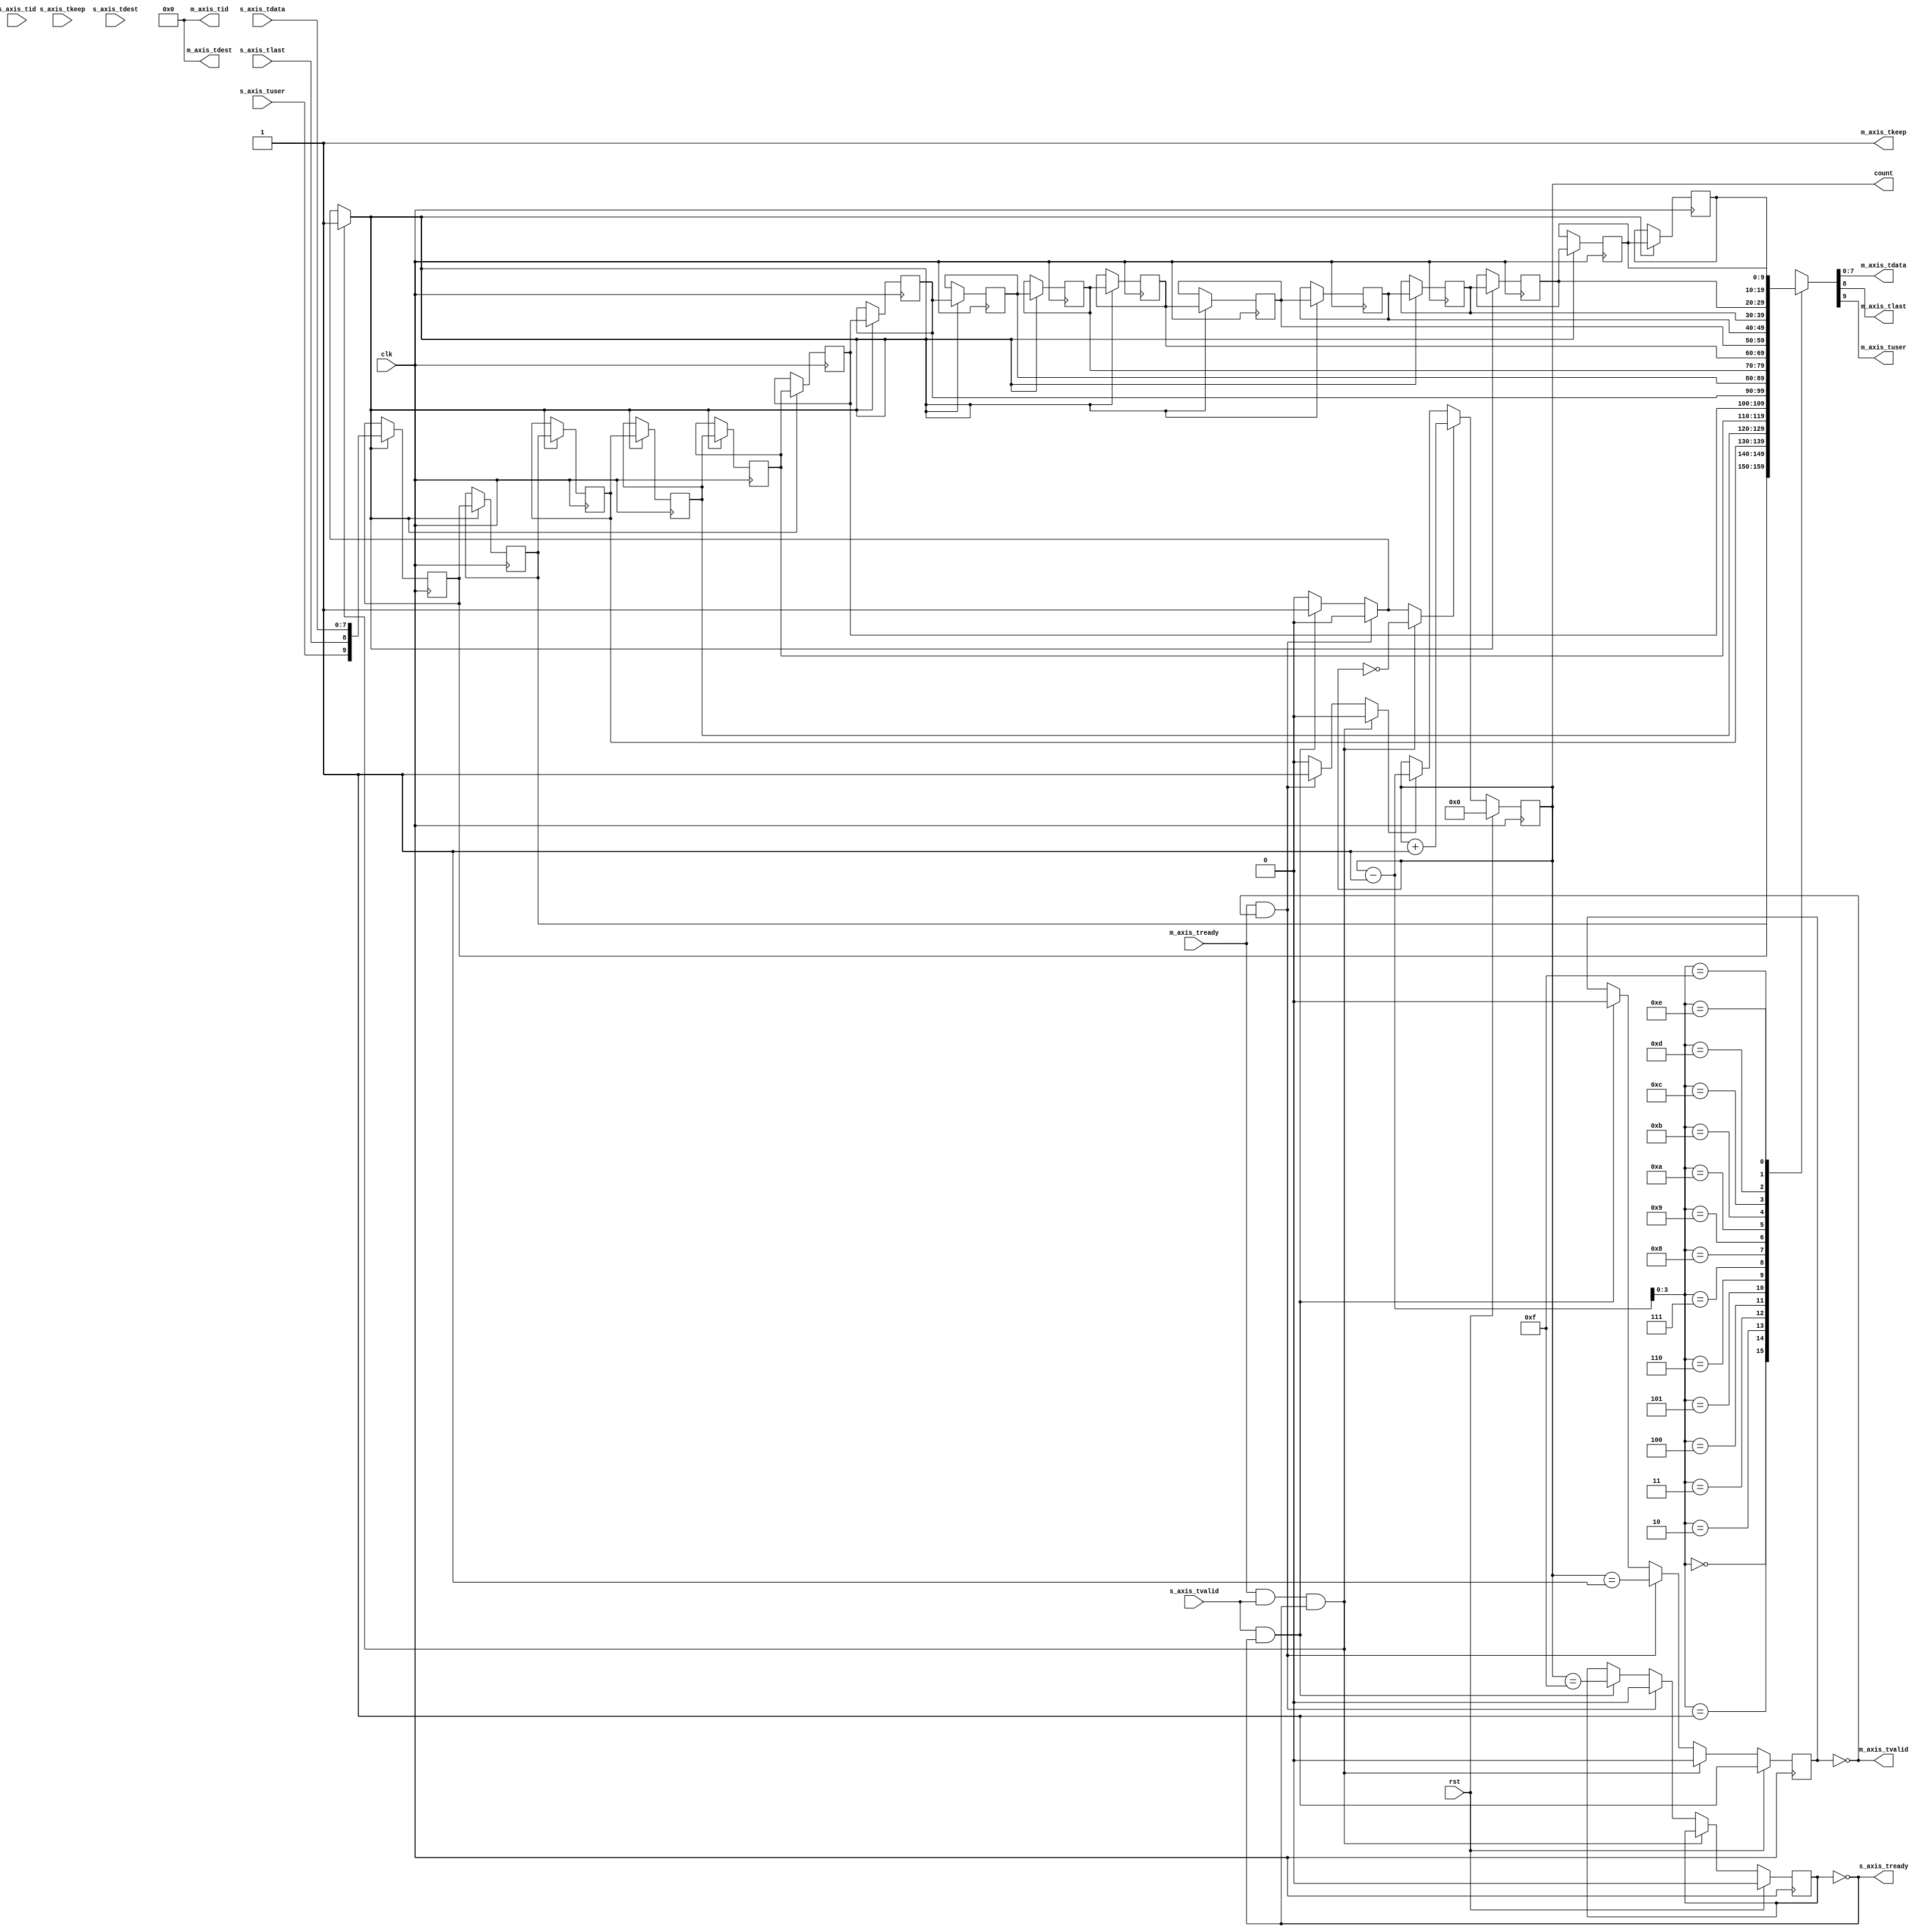
module axis_srl_fifo #
(
    // Width of AXI stream interfaces in bits
    parameter DATA_WIDTH = 8,
    // Propagate tkeep signal
    parameter KEEP_ENABLE = (DATA_WIDTH>8),
    // tkeep signal width (words per cycle)
    parameter KEEP_WIDTH = (DATA_WIDTH/8),
    // Propagate tlast signal
    parameter LAST_ENABLE = 1,
    // Propagate tid signal
    parameter ID_ENABLE = 0,
    // tid signal width
    parameter ID_WIDTH = 8,
    // Propagate tdest signal
    parameter DEST_ENABLE = 0,
    // tdest signal width
    parameter DEST_WIDTH = 8,
    // Propagate tuser signal
    parameter USER_ENABLE = 1,
    // tuser signal width
    parameter USER_WIDTH = 1,
    // FIFO depth in cycles
    parameter DEPTH = 16
)
(
    input  wire                       clk,
    input  wire                       rst,

    /*
     * AXI input
     */
    input  wire [DATA_WIDTH-1:0]      s_axis_tdata,
    input  wire [KEEP_WIDTH-1:0]      s_axis_tkeep,
    input  wire                       s_axis_tvalid,
    output wire                       s_axis_tready,
    input  wire                       s_axis_tlast,
    input  wire [ID_WIDTH-1:0]        s_axis_tid,
    input  wire [DEST_WIDTH-1:0]      s_axis_tdest,
    input  wire [USER_WIDTH-1:0]      s_axis_tuser,

    /*
     * AXI output
     */
    output wire [DATA_WIDTH-1:0]      m_axis_tdata,
    output wire [KEEP_WIDTH-1:0]      m_axis_tkeep,
    output wire                       m_axis_tvalid,
    input  wire                       m_axis_tready,
    output wire                       m_axis_tlast,
    output wire [ID_WIDTH-1:0]        m_axis_tid,
    output wire [DEST_WIDTH-1:0]      m_axis_tdest,
    output wire [USER_WIDTH-1:0]      m_axis_tuser,

    /*
     * Status
     */
    output wire [$clog2(DEPTH+1)-1:0] count
);

localparam KEEP_OFFSET = DATA_WIDTH;
localparam LAST_OFFSET = KEEP_OFFSET + (KEEP_ENABLE ? KEEP_WIDTH : 0);
localparam ID_OFFSET   = LAST_OFFSET + (LAST_ENABLE ? 1          : 0);
localparam DEST_OFFSET = ID_OFFSET   + (ID_ENABLE   ? ID_WIDTH   : 0);
localparam USER_OFFSET = DEST_OFFSET + (DEST_ENABLE ? DEST_WIDTH : 0);
localparam WIDTH       = USER_OFFSET + (USER_ENABLE ? USER_WIDTH : 0);

reg [WIDTH-1:0] data_reg[DEPTH-1:0];
reg [$clog2(DEPTH+1)-1:0] ptr_reg = 0;
reg full_reg = 1'b0, full_next;
reg empty_reg = 1'b1, empty_next;

wire [WIDTH-1:0] s_axis;

wire [WIDTH-1:0] m_axis = data_reg[ptr_reg-1];

assign s_axis_tready = !full_reg;

generate
    assign s_axis[DATA_WIDTH-1:0] = s_axis_tdata;
    if (KEEP_ENABLE) assign s_axis[KEEP_OFFSET +: KEEP_WIDTH] = s_axis_tkeep;
    if (LAST_ENABLE) assign s_axis[LAST_OFFSET]               = s_axis_tlast;
    if (ID_ENABLE)   assign s_axis[ID_OFFSET   +: ID_WIDTH]   = s_axis_tid;
    if (DEST_ENABLE) assign s_axis[DEST_OFFSET +: DEST_WIDTH] = s_axis_tdest;
    if (USER_ENABLE) assign s_axis[USER_OFFSET +: USER_WIDTH] = s_axis_tuser;
endgenerate

assign m_axis_tvalid = !empty_reg;

assign m_axis_tdata = m_axis[DATA_WIDTH-1:0];
assign m_axis_tkeep = KEEP_ENABLE ? m_axis[KEEP_OFFSET +: KEEP_WIDTH] : {KEEP_WIDTH{1'b1}};
assign m_axis_tlast = LAST_ENABLE ? m_axis[LAST_OFFSET]               : 1'b1;
assign m_axis_tid   = ID_ENABLE   ? m_axis[ID_OFFSET   +: ID_WIDTH]   : {ID_WIDTH{1'b0}};
assign m_axis_tdest = DEST_ENABLE ? m_axis[DEST_OFFSET +: DEST_WIDTH] : {DEST_WIDTH{1'b0}};
assign m_axis_tuser = USER_ENABLE ? m_axis[USER_OFFSET +: USER_WIDTH] : {USER_WIDTH{1'b0}};

assign count = ptr_reg;

wire ptr_empty = ptr_reg == 0;
wire ptr_empty1 = ptr_reg == 1;
wire ptr_full = ptr_reg == DEPTH;
wire ptr_full1 = ptr_reg == DEPTH-1;

reg shift;
reg inc;
reg dec;

integer i;

initial begin
    for (i = 0; i < DEPTH; i = i + 1) begin
        data_reg[i] <= 0;
    end
end

always @* begin
    shift = 1'b0;
    inc = 1'b0;
    dec = 1'b0;
    full_next = full_reg;
    empty_next = empty_reg;

    if (m_axis_tready && s_axis_tvalid && s_axis_tready) begin
        shift = 1'b1;
        inc = ptr_empty;
        empty_next = 1'b0;
    end else if (m_axis_tready && m_axis_tvalid) begin
        dec = 1'b1;
        full_next = 1'b0;
        empty_next = ptr_empty1;
    end else if (s_axis_tvalid && s_axis_tready) begin
        shift = 1'b1;
        inc = 1'b1;
        full_next = ptr_full1;
        empty_next = 1'b0;
    end
end

always @(posedge clk) begin
    if (rst) begin
        ptr_reg <= 0;
        full_reg <= 1'b0;
        empty_reg <= 1'b1;
    end else begin
        if (inc) begin
            ptr_reg <= ptr_reg + 1;
        end else if (dec) begin
            ptr_reg <= ptr_reg - 1;
        end else begin
            ptr_reg <= ptr_reg;
        end

        full_reg <= full_next;
        empty_reg <= empty_next;
    end

    if (shift) begin
        data_reg[0] <= s_axis;
        for (i = 0; i < DEPTH-1; i = i + 1) begin
            data_reg[i+1] <= data_reg[i];
        end
    end
end

endmodule